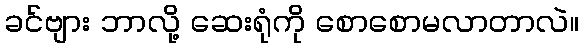
ခင်ဗျား ဘာလို့ ဆေးရုံကို စောစောမလာတာလဲ။